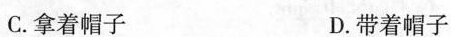
C.拿着帽子 D.带着帽子